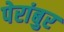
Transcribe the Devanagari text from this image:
पेरांबुर